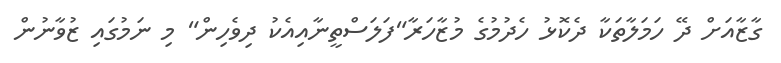
ގާޒާއަށް ދޭ ހަމަލާތަކާ ދެކޮޅު ހެދުމުގެ މުޒާހަރާ"ފަލަސްތީނާއިއެކު ދިވެހިން" މި ނަމުގައި ޒުވާނުން